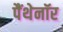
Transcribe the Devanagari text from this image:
पैंथेनॉर